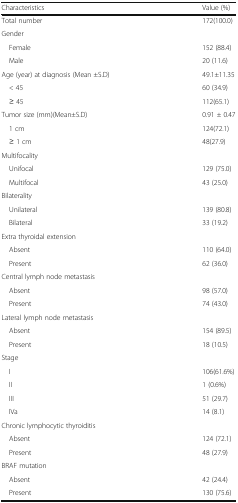
<table><thead><tr><td><b>Characteristics</b></td><td><b>Value (%)</b></td></tr></thead><tbody><tr><td>Total number</td><td>172(100.0)</td></tr><tr><td colspan="2">Gender</td></tr><tr><td> Female</td><td>152 (88.4)</td></tr><tr><td> Male</td><td>20 (11.6)</td></tr><tr><td>Age (year) at diagnosis (Mean ±S.D)</td><td>49.1±11.35</td></tr><tr><td> &lt; 45</td><td>60 (34.9)</td></tr><tr><td> ≥ 45</td><td>112(65.1)</td></tr><tr><td>Tumor size (mm)(Mean±S.D)</td><td>0.91 ± 0.47</td></tr><tr><td> 1 cm</td><td>124(72.1)</td></tr><tr><td> ≥ 1 cm</td><td>48(27.9)</td></tr><tr><td colspan="2">Multifocality</td></tr><tr><td> Unifocal</td><td>129 (75.0)</td></tr><tr><td> Multifocal</td><td>43 (25.0)</td></tr><tr><td colspan="2">Bilaterality</td></tr><tr><td> Unilateral</td><td>139 (80.8)</td></tr><tr><td> Bilateral</td><td>33 (19.2)</td></tr><tr><td colspan="2">Extra thyroidal extension</td></tr><tr><td> Absent</td><td>110 (64.0)</td></tr><tr><td> Present</td><td>62 (36.0)</td></tr><tr><td colspan="2">Central lymph node metastasis</td></tr><tr><td> Absent</td><td>98 (57.0)</td></tr><tr><td> Present</td><td>74 (43.0)</td></tr><tr><td colspan="2">Lateral lymph node metastasis</td></tr><tr><td> Absent</td><td>154 (89.5)</td></tr><tr><td> Present</td><td>18 (10.5)</td></tr><tr><td colspan="2">Stage</td></tr><tr><td> I</td><td>106(61.6%)</td></tr><tr><td> II</td><td>1 (0.6%)</td></tr><tr><td> III</td><td>51 (29.7)</td></tr><tr><td> IVa</td><td>14 (8.1)</td></tr><tr><td colspan="2">Chronic lymphocytic thyroiditis</td></tr><tr><td> Absent</td><td>124 (72.1)</td></tr><tr><td> Present</td><td>48 (27.9)</td></tr><tr><td colspan="2">BRAF mutation</td></tr><tr><td> Absent</td><td>42 (24.4)</td></tr><tr><td> Present</td><td>130 (75.6)</td></tr></tbody></table>